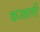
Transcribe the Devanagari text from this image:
कज्‍जली